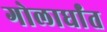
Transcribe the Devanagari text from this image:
गोलार्धांत